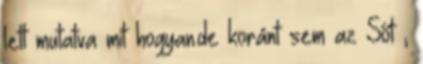
lett mutatva mit hogyan.de koránt sem az Sőt ,